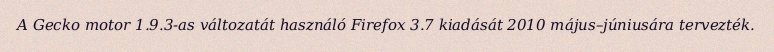
A Gecko motor 1.9.3-as változatát használó Firefox 3.7 kiadását 2010 május–júniusára tervezték.